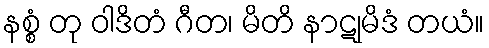
နစ္စံ တု ဝါဒိတံ ဂီတ၊ မိတိ နာဋုမိဒံ တယံ။